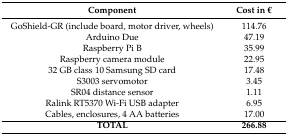
| Component | Cost in € |
 | --- | --- |
 | GoShield-GR (include board, motor driver, wheels) | 114.76 |
 | Arduino Due | 47.19 |
 | Raspberry Pi B | 35.99 |
 | Raspberry camera module | 22.95 |
 | 32 GB class 10 Samsung SD card | 17.48 |
 | S3003 servomotor | 3.45 |
 | SR04 distance sensor | 1.11 |
 | Ralink RT5370 Wi-Fi USB adapter | 6.95 |
 | Cables, enclosures, 4 AA batteries | 17.00 |
 | TOTAL | 266.88 |